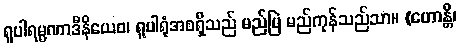
ရူပါရမ္မဏာဒီနိယေဝ၊ ရူပါရုံအစရှိသည် မည်မြဲ မည်ကုန်သည်သာ။ (ဟောန္တိ၊